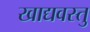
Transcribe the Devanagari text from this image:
खाद्यवस्तु